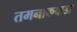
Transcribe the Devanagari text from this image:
तमनाकवाडा